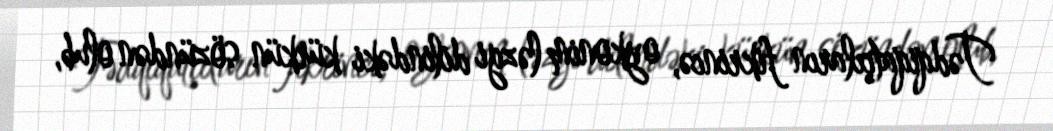
Tədqiqatçıların fikrincə, oykonim ləzgi dilindəki kürkün sözündən olub,